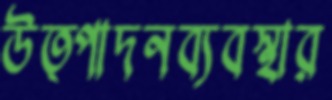
উত্পাদনব্যবস্থার